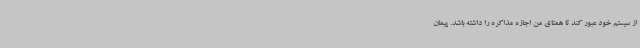
از سیستم خود عبور کند تا همتای من اجازه مذاکره را داشته باشد. پیمان